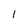
Character: I